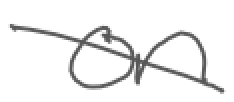
Text: on
Cross-out: diagonal
Writing tool: digital_gray